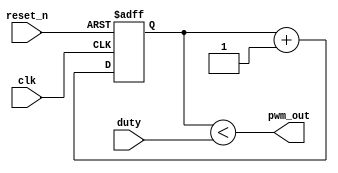
module pwm_basic //desired duty cycle = (duty-1)/2^R
  #(parameter R = 8)(
    input clk,
    input reset_n,
    input [R - 1: 0] duty,
    output pwm_out
  );

  reg [R - 1: 0] Q_reg, Q_next;

  always @(posedge clk, negedge reset_n)
    begin
      if(~reset_n)
        Q_reg <= 1'b0;
      else
        Q_reg <= Q_next;
    end

  always @(*)
    Q_next <= Q_reg +1;

  assign pwm_out = (Q_reg < duty);
endmodule